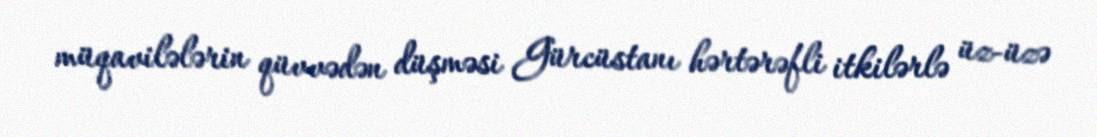
müqavilələrin qüvvədən düşməsi Gürcüstanı hərtərəfli itkilərlə üz-üzə